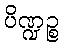
ပိဏ္ဍဉ္စ